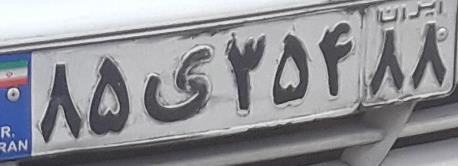
۸۵ی۳۵۴۸۸